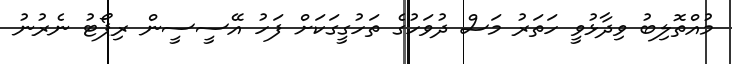
މުއްތޮލިބު ވިދާޅުވީ ހަތަރު މަސް ދުވަހުގެ ތަހުގީގަކަށް ފަހު އޭސީސީން ރިޕޯޓު ނެރުނު